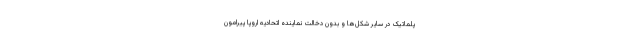
پلماتیک در سایر شکل‌ها و بدون دخالت نماینده اتحادیه اروپا پیرامون